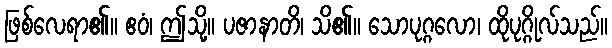
ဖြစ်လေရာ၏။ ဧဝံ၊ ဤသို့။ ပဇာနာတိ၊ သိ၏။ သောပုဂ္ဂလော၊ ထိုပုဂ္ဂိုလ်သည်။